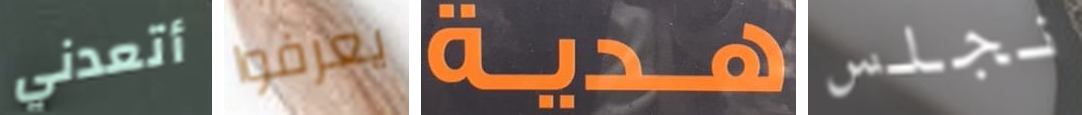
أتعدني يعرفوا هدية نجلس